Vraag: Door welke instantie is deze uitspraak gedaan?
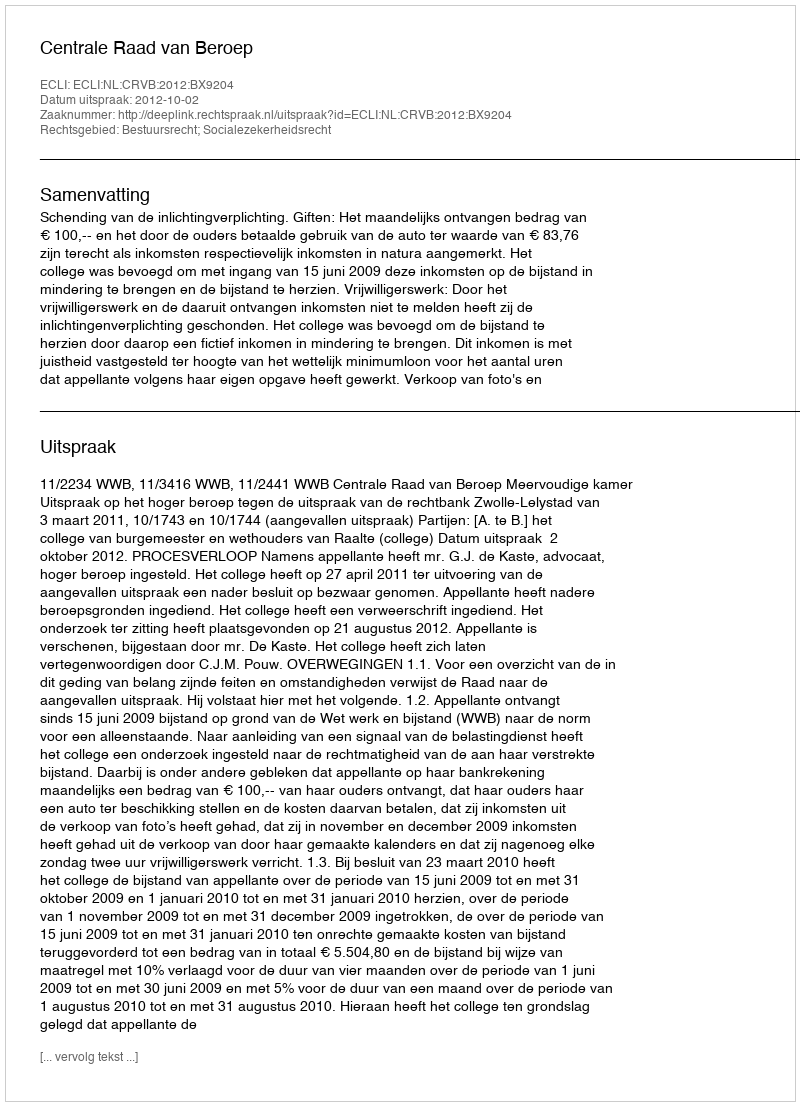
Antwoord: Centrale Raad van Beroep